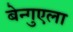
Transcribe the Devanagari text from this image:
बेन्गुएला